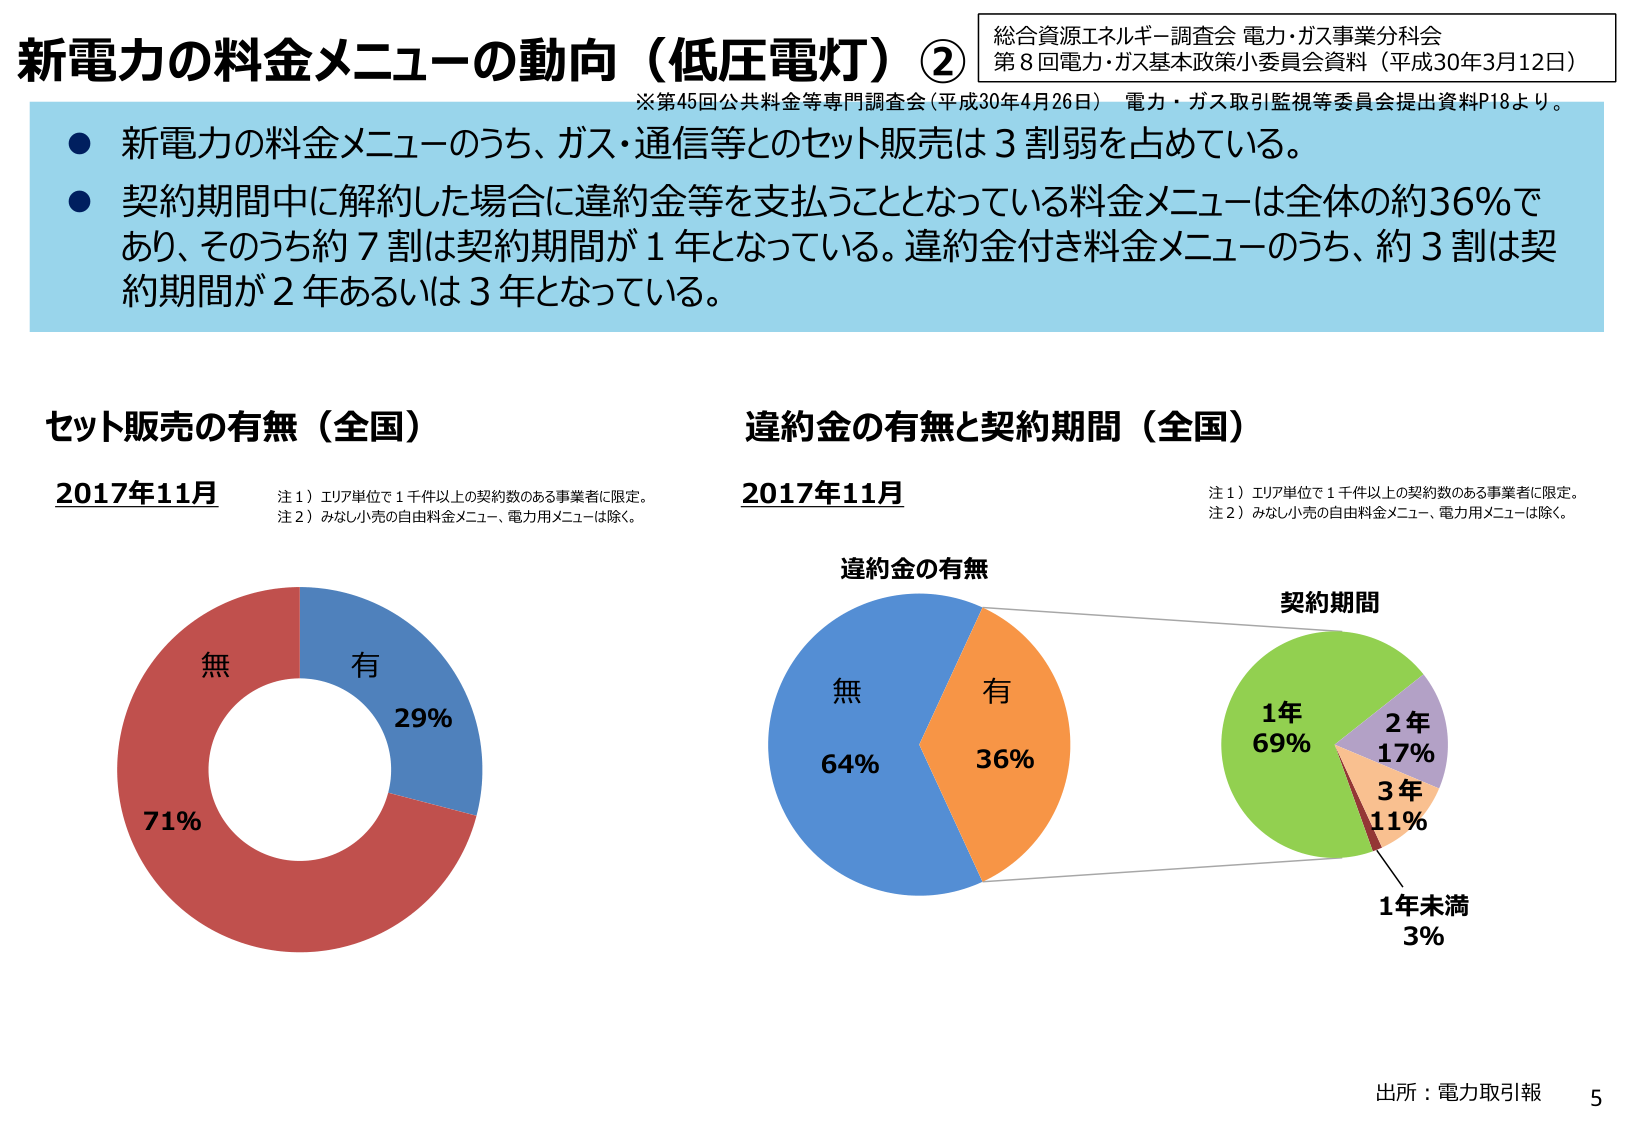
新電力の料金メニューの動向（低圧電灯）②
総合資源エネルギー調査会 電力・ガス事業分科会
第8回電力・ガス基本政策小委員会資料（平成30年3月12日）
※第45回公共料金等専門調査会（平成30年4月26日） 電力・ガス取引監視等委員会提出資料P18より。

● 新電力の料金メニューのうち、ガス・通信等とのセット販売は3割弱を占めている。
● 契約期間中に解約した場合に違約金等を支払うこととなっている料金メニューは全体の約36％であり、そのうち約7割は契約期間が1年となっている。違約金付き料金メニューのうち、約3割は契約期間が2年あるいは3年となっている。

セット販売の有無（全国）
2017年11月
注1）エリア単位で1千件以上の契約数のある事業者に限定。
注2）みなし小売の自由料金メニュー、電力用メニューは除く。

無 71%
有 29%

違約金の有無と契約期間（全国）
2017年11月
注1）エリア単位で1千件以上の契約数のある事業者に限定。
注2）みなし小売の自由料金メニュー、電力用メニューは除く。

違約金の有無
無 64%
有 36%

契約期間
1年 69%
2年 17%
3年 11%
1年未満 3%

出所：電力取引報
5